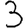
Digit: 3